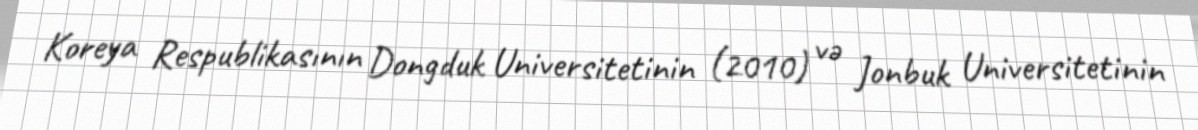
Koreya Respublikasının Dongduk Universitetinin (2010) və Jonbuk Universitetinin